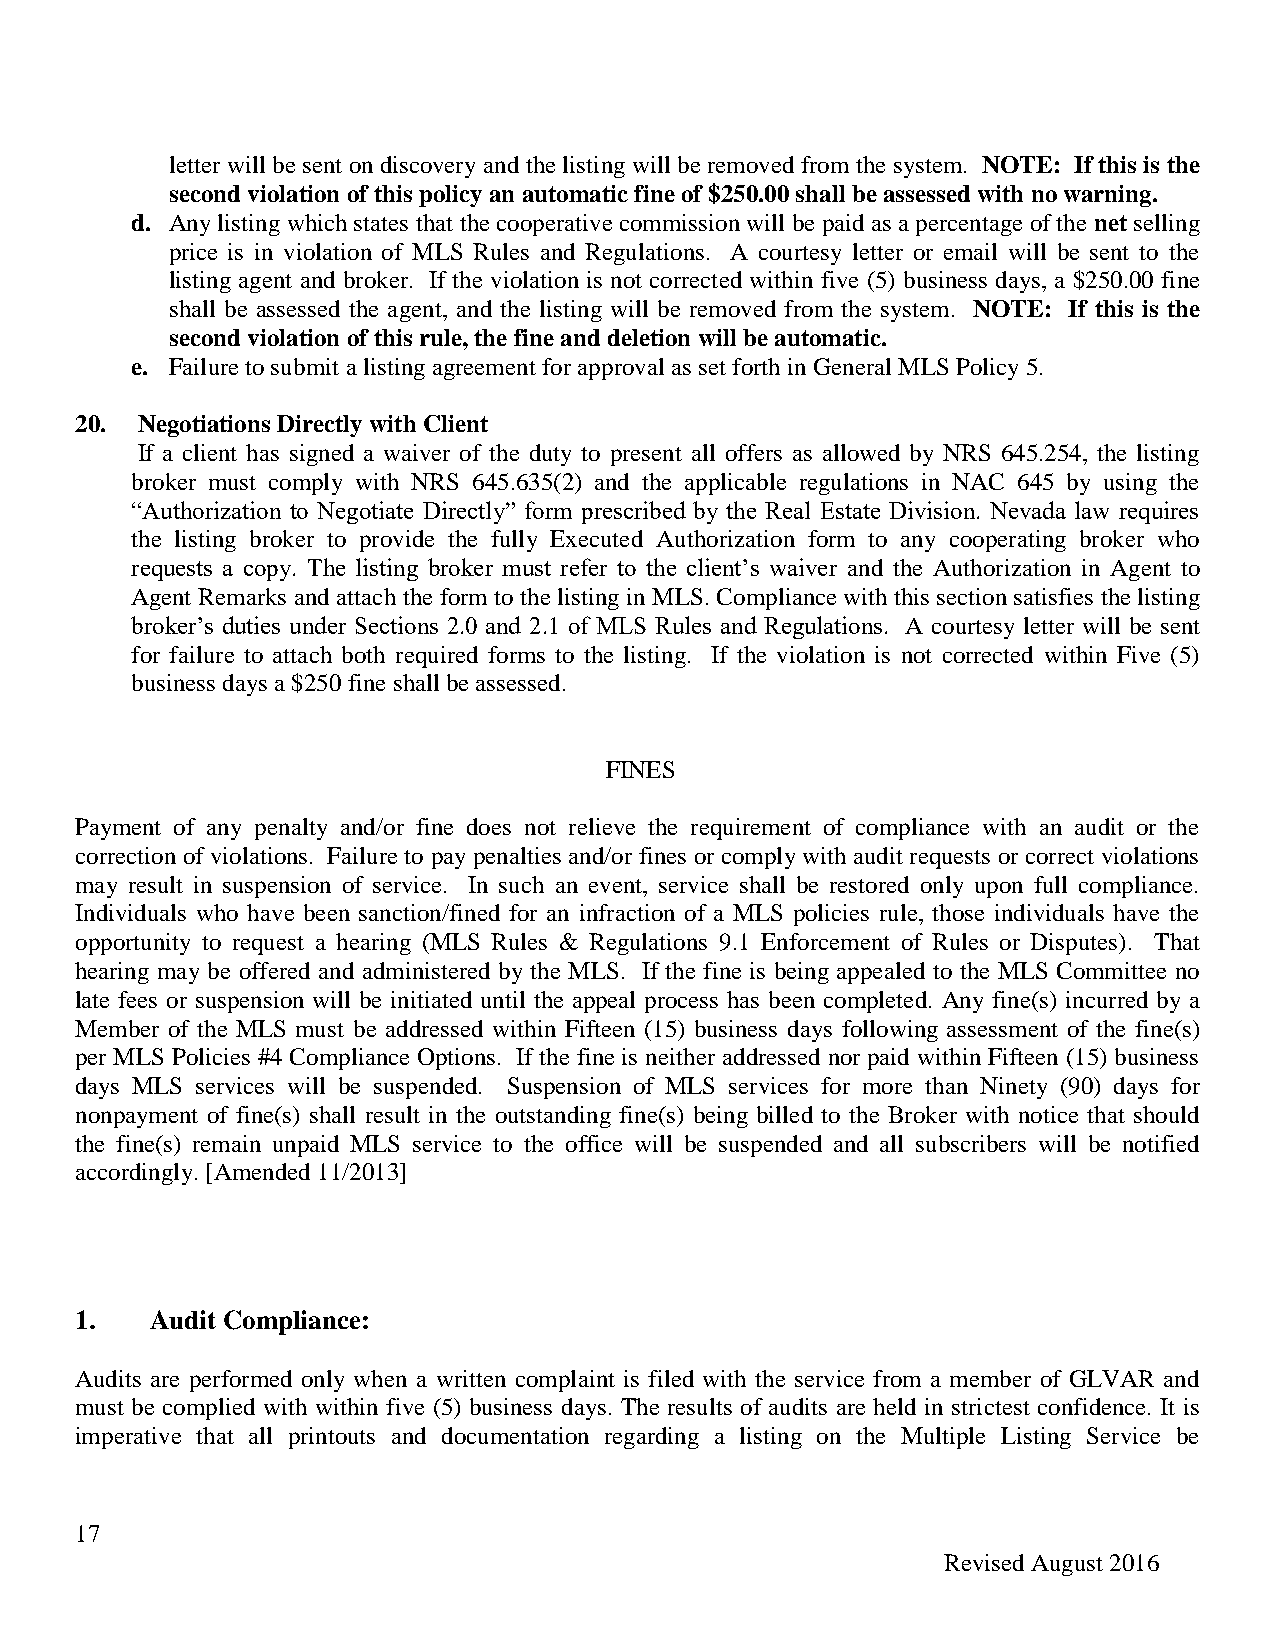
letter will be sent on discovery and the listing will be removed from the system. NOTE: If this is the
 second violation of this policy an automatic fine of $250.00 shall be assessed with no warning.
 d. Any listing which states that the cooperative commission will be paid as a percentage of the net selling
 price is in violation of MLS Rules and Regulations. A courtesy letter or email will be sent to the
 listing agent and broker. If the violation is not corrected within five (5) business days, a $250.00 fine
 shall be assessed the agent, and the listing will be removed from the system. NOTE: If this is the
 second violation of this rule, the fine and deletion will be automatic.
 e. Failure to submit a listing agreement for approval as set forth in General MLS Policy 5.
 20. Negotiations Directly with Client
 If a client has signed a waiver of the duty to present all offers as allowed by NRS 645.254, the listing
 broker must comply with NRS 645.635(2) and the applicable regulations in NAC 645 by using the
 “Authorization to Negotiate Directly” form prescribed by the Real Estate Division. Nevada law requires
 the listing broker to provide the fully Executed Authorization form to any cooperating broker who
 requests a copy. The listing broker must refer to the client’s waiver and the Authorization in Agent to
 Agent Remarks and attach the form to the listing in MLS. Compliance with this section satisfies the listing
 broker’s duties under Sections 2.0 and 2.1 of MLS Rules and Regulations. A courtesy letter will be sent
 for failure to attach both required forms to the listing. If the violation is not corrected within Five (5)
 business days a $250 fine shall be assessed.
 FINES
 Payment of any penalty and/or fine does not relieve the requirement of compliance with an audit or the
 correction of violations. Failure to pay penalties and/or fines or comply with audit requests or correct violations
 may result in suspension of service. In such an event, service shall be restored only upon full compliance.
 Individuals who have been sanction/fined for an infraction of a MLS policies rule, those individuals have the
 opportunity to request a hearing (MLS Rules & Regulations 9.1 Enforcement of Rules or Disputes). That
 hearing may be offered and administered by the MLS. If the fine is being appealed to the MLS Committee no
 late fees or suspension will be initiated until the appeal process has been completed. Any fine(s) incurred by a
 Member of the MLS must be addressed within Fifteen (15) business days following assessment of the fine(s)
 per MLS Policies #4 Compliance Options. If the fine is neither addressed nor paid within Fifteen (15) business
 days MLS services will be suspended. Suspension of MLS services for more than Ninety (90) days for
 nonpayment of fine(s) shall result in the outstanding fine(s) being billed to the Broker with notice that should
 the fine(s) remain unpaid MLS service to the office will be suspended and all subscribers will be notified
 accordingly. [Amended 11/2013]
 1.   Audit Compliance:
 Audits are performed only when a written complaint is filed with the service from a member of GLVAR and
 must be complied with within five (5) business days. The results of audits are held in strictest confidence. It is
 imperative that all printouts and documentation regarding a listing on the Multiple Listing Service be
 17
 Revised August 2016